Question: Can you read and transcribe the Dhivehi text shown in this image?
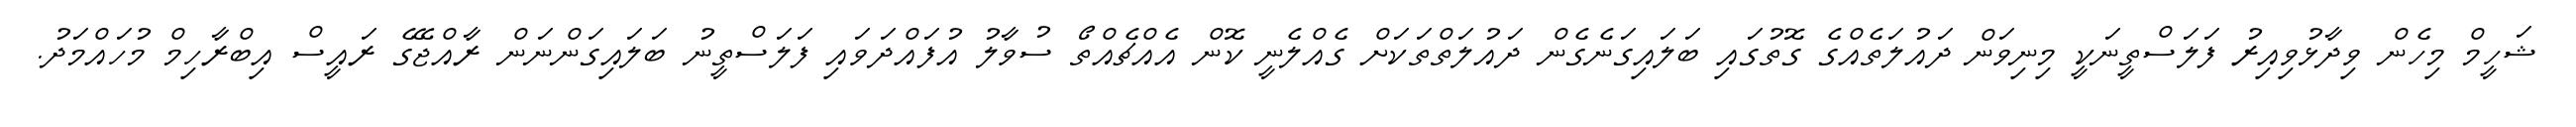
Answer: ޝަހީމް މިހެން ވިދާޅުވިއިރު ފަލަސްތީނަކީ މިނިވަން ދައުލަތެއްގެ ގޮތުގައި ބަލައިގަނެގެން ދައުލަތްތަކަށް ގެއްލެނީ ކޮން އެއްޗެއްތޯ ސުވާލު އުފައްދަވައި ފަލަސްތީނު ބަލައިގަންނަން ރާއްޖޭގެ ރައީސް އިބްރާހިމް މުހައްމަދު.